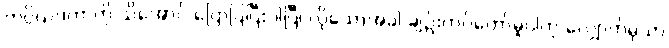
ကပ္ပိယဒကာကို သိအောင် ပြောပြပြီးပါပြီ၊ လိုသောအခါ ချဉ်းကပ်တော်မူပါဟု လျှောက်မှသာ